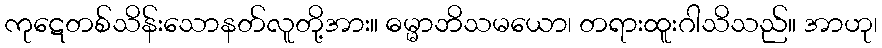
ကုဋေတစ်သိန်းသောနတ်လူတို့အား။ ဓမ္မာဘိသမယော၊ တရားထူးဂါသိသည်။ အာဟု၊